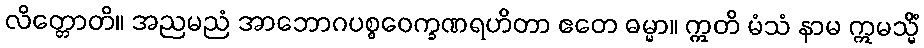
လိတ္တောတိ။ အညမညံ အာဘောဂပစ္စဝေက္ခဏရဟိတာ ဧတေ ဓမ္မာ။ ဣတိ မံသံ နာမ ဣမသ္မိံ